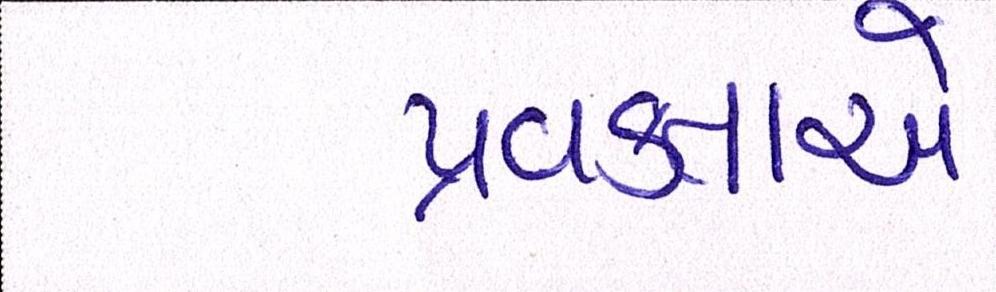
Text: પ્રવક્તાએ